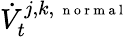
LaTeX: \dot{V}_{t}^{j,k,\mathrm{~\scriptsize~n~o~r~m~a~l~}}